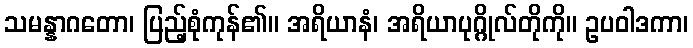
သမန္နာဂတော၊ ပြည့်စုံကုန်၏။ အရိယာနံ၊ အရိယာပုဂ္ဂိုလ်တိုကို။ ဥပဝါဒကာ၊